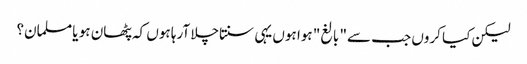
لیکن کیا کروں جب سے" بالغ" ہوا ہوں یہی سنتاچلا آرہا ہوں کہ پٹھان ہو یا مسلمان؟